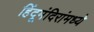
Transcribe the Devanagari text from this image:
हिंदूमंदिरांमध्ये